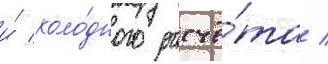
и́ холо́дного расчё́та /